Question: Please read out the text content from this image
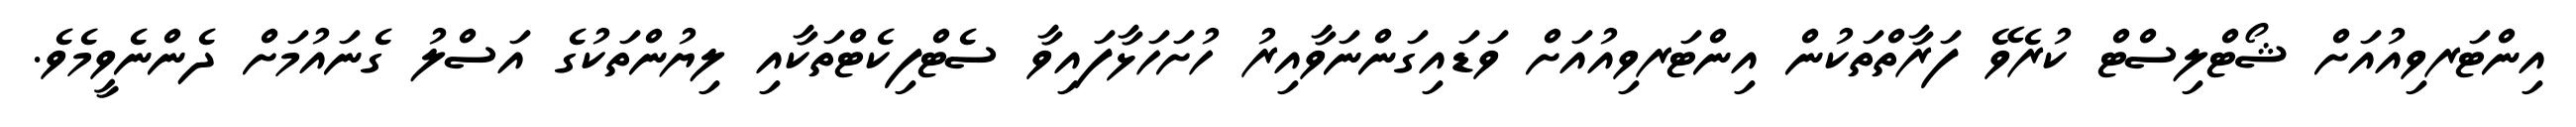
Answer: އިންޓަރވިއުއަށް ޝޯޓްލިސްޓް ކުރެވޭ ފަރާތްތަކުން އިންޓަރވިއުއަށް ވަޑައިގަންނަވާއިރު ހުށަހަޅާފައިވާ ސެޓްފިކެޓްތަކާއި ލިޔުންތަކުގެ އަސްލު ގެނައުމަށް ދެންނެވީމެވެ.